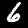
Label: 6